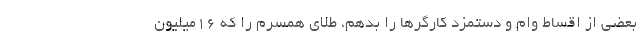
بعضی از اقساط وام و دستمزد کارگرها را بدهم، طلای همسرم را که ۱۶میلیون